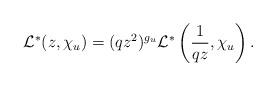
LaTeX: \begin{align*}\mathcal{L}^{*}(z,\chi_{u})=(q z^{2})^{g_{u}}\mathcal{L}^{*}\left(\frac{1}{qz},\chi_{u}\right).\end{align*}